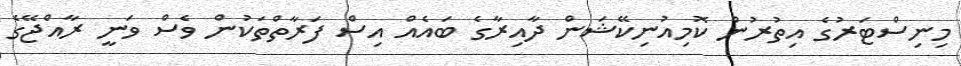
މިނިސްޓަރުގެ އިތުރުން ކޮމިއުނިކޭޝަން ދާއިރާގެ ބައެއް އިސް ފަރާތްތަކުން ވެސް ވަނީ ރާއްޖޭގެ